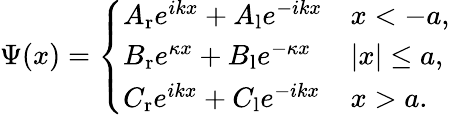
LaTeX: \Psi(x)={\left\{ \begin{array}{ll}{A_{\mathrm{r}}e^{ikx}+A_{\mathrm{l}}e^{-ikx}}&{x<-a,}\\ {B_{\mathrm{r}}e^{\kappa x}+B_{\mathrm{l}}e^{-\kappa x}}&{|x|\leq a,}\\ {C_{\mathrm{r}}e^{ikx}+C_{\mathrm{l}}e^{-ikx}}&{x>a.}\end{array}\right.}